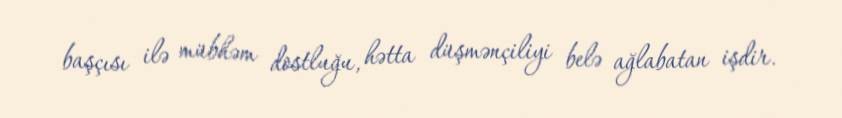
başçısı ilə mübhəm dostluğu, hətta düşmənçiliyi belə ağlabatan işdir.